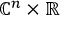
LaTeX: \mathbb { C } ^ { n } \times \mathbb { R }